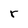
Character: r